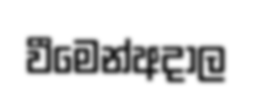
වීමෙන්අදාල